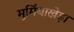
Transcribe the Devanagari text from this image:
मुमिंयाखेड़ा